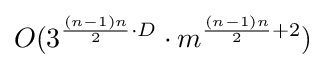
O(3^{{\frac {(n-1)n}{2}}\cdot D}\cdot m^{{\frac {(n-1)n}{2}}+2})